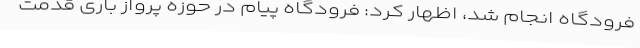
فرودگاه انجام شد، اظهار کرد: فرودگاه پیام در حوزه پرواز باری قدمت